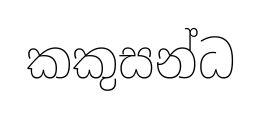
කකුසන්ධ